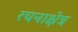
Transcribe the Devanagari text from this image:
रचनाक्षेत्र